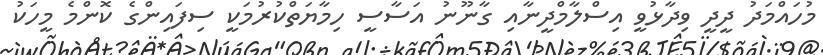
މުހައްމަދު ދީދީ ވިދާޅުވީ އިސްލާމްދީނާއި ގާނޫނު އަސާސީ ހިމާޔަތްކުރުމަކީ ސިފައިންގެ ކޮންމެ މީހަކު